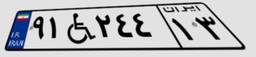
۹۱W۲۴۴۱۳